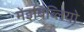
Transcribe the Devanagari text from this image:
मेंइबिब्लियो